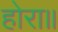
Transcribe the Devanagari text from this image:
होरा॥